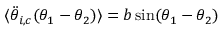
\langle \ddot { \theta } _ { i , c } ( \theta _ { 1 } - \theta _ { 2 } ) \rangle = b \sin ( \theta _ { 1 } - \theta _ { 2 } )